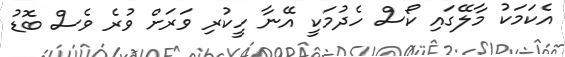
އެކަމަކު މާލޭގައި ކޯސް ހެދުމަކީ އޭނާ ހީކުރި ވަރަށް ވުރެ ވެސް ބޮޑު